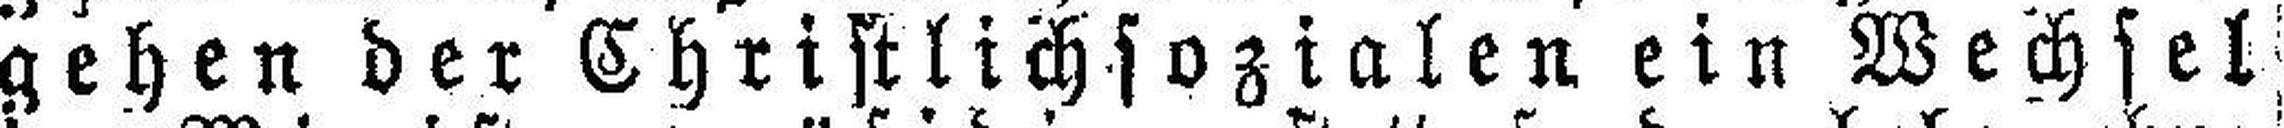
gehen der Christlichsozialen ein Wechsel